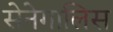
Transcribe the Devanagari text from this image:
सेनेगालिस